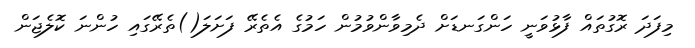
މިފަދަ ރޮގުތައް ފާޅުވަނީ ހަންގަނޑަށް ދެމިވާންވުމުން ހަމުގެ އެތެރޭ ފަށަލަ()ތެރޭގައި ހުންނަ ކޮލެޖަން